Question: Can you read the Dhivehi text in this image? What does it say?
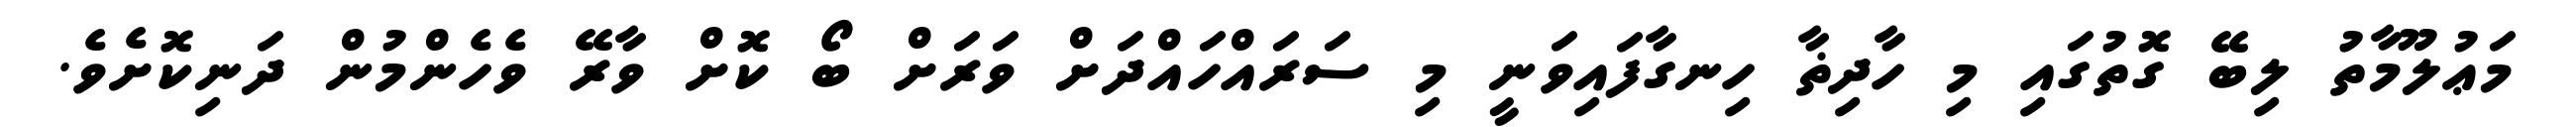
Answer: މަޢުލޫމާތު ލިބޭ ގޮތުގައި މި ހާދިޡާ ހިނގާފައިވަނީ މި ސަރައްހައްދަށް ވަރަށް ބޯ ކޮށް ވާރޭ ވެހެންމުން ދަނިކޮށެވެ.